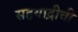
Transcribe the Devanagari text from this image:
सहयाद्रीची